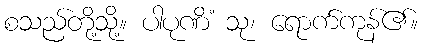
စသည်တို့သို့။ ပါပုဏိံ သု၊ ရောက်ကုန်၏။